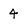
Character: 4